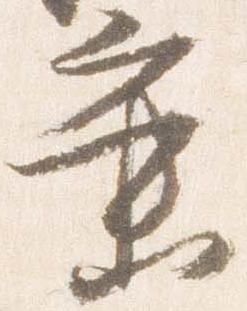
業